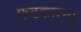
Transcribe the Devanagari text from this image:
फटकारना